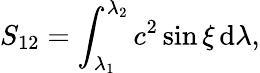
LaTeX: S_{12}=\int_{\lambda_{1}}^{\lambda_{2}}c^{2}\sin\xi\, \mathrm d\lambda,